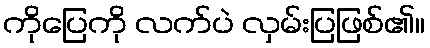
ကိုပြေကို လက်ပဲ လှမ်းပြဖြစ်၏။